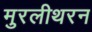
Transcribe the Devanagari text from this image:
मुरलीथरन